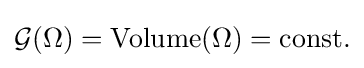
{\mathcal {G}}(\Omega )={\mbox{Volume}}(\Omega )={\mbox{const.}}